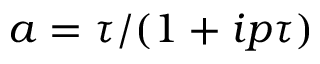
a = { \tau } / { ( 1 + i p \tau ) }